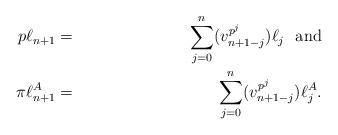
LaTeX: \begin{align*} p\ell_{n+1} & = & \sum_{j=0}^{n} (v_{n+1-j}^{p^j}) \ell_j \mbox{\ \ and} \\ \pi \ell_{n+1}^A & = & \sum_{j=0}^{n} (v_{n+1-j}^{p^j}) \ell_j^A .\end{align*}